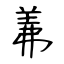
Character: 羛